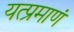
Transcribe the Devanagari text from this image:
यत्प्रमाणं